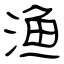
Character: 渔